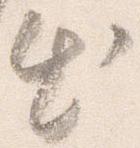
出